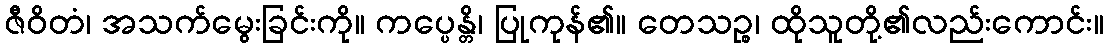
ဇီဝိတံ၊ အသက်မွေးခြင်းကို။ ကပ္ပေန္တိ၊ ပြုကုန်၏။ တေသဉ္စ၊ ထိုသူတို့၏လည်းကောင်း။